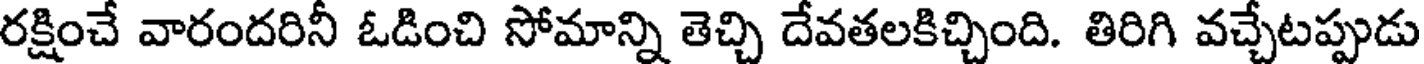
రక్షించే వారందరినీ ఓడించి సోమాన్ని తెచ్చి దేవతలకిచ్చింది. తిరిగి వచ్చేటప్పుడు